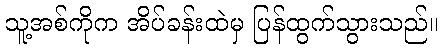
သူ့အစ်ကိုက အိပ်ခန်းထဲမှ ပြန်ထွက်သွားသည်။